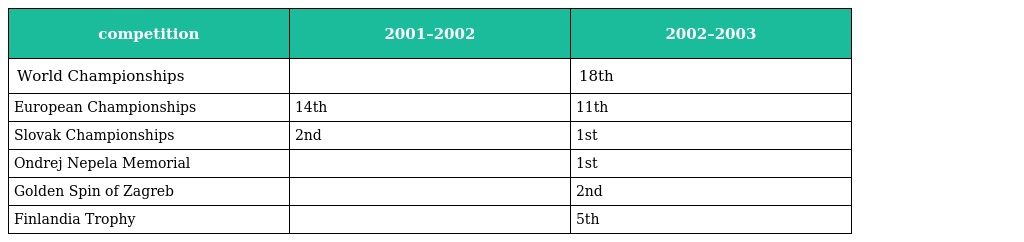
| competition | 2001–2002 | 2002–2003 |
 | --- | --- | --- |
 | World Championships |  | 18th |
 | European Championships | 14th | 11th |
 | Slovak Championships | 2nd | 1st |
 | Ondrej Nepela Memorial |  | 1st |
 | Golden Spin of Zagreb |  | 2nd |
 | Finlandia Trophy |  | 5th |